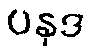
ပနုဒ